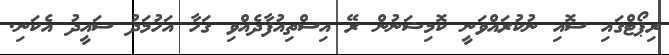
ރިޕޯޓްގައި ސޮއި ނުކުރައްވަނީ ކޮމިޝަނުން ރޭ އިސްތިއުފާދެއްވި ގަހާ އަހުމަދު ސައީދު އެކަނި.